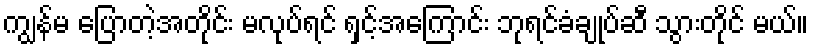
ကျွန်မ ပြောတဲ့အတိုင်း မလုပ်ရင် ရှင့်အကြောင်း ဘုရင်ခံချုပ်ဆီ သွားတိုင် မယ်။